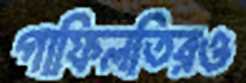
গাফিলতিরও